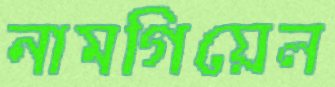
নামগিয়েল